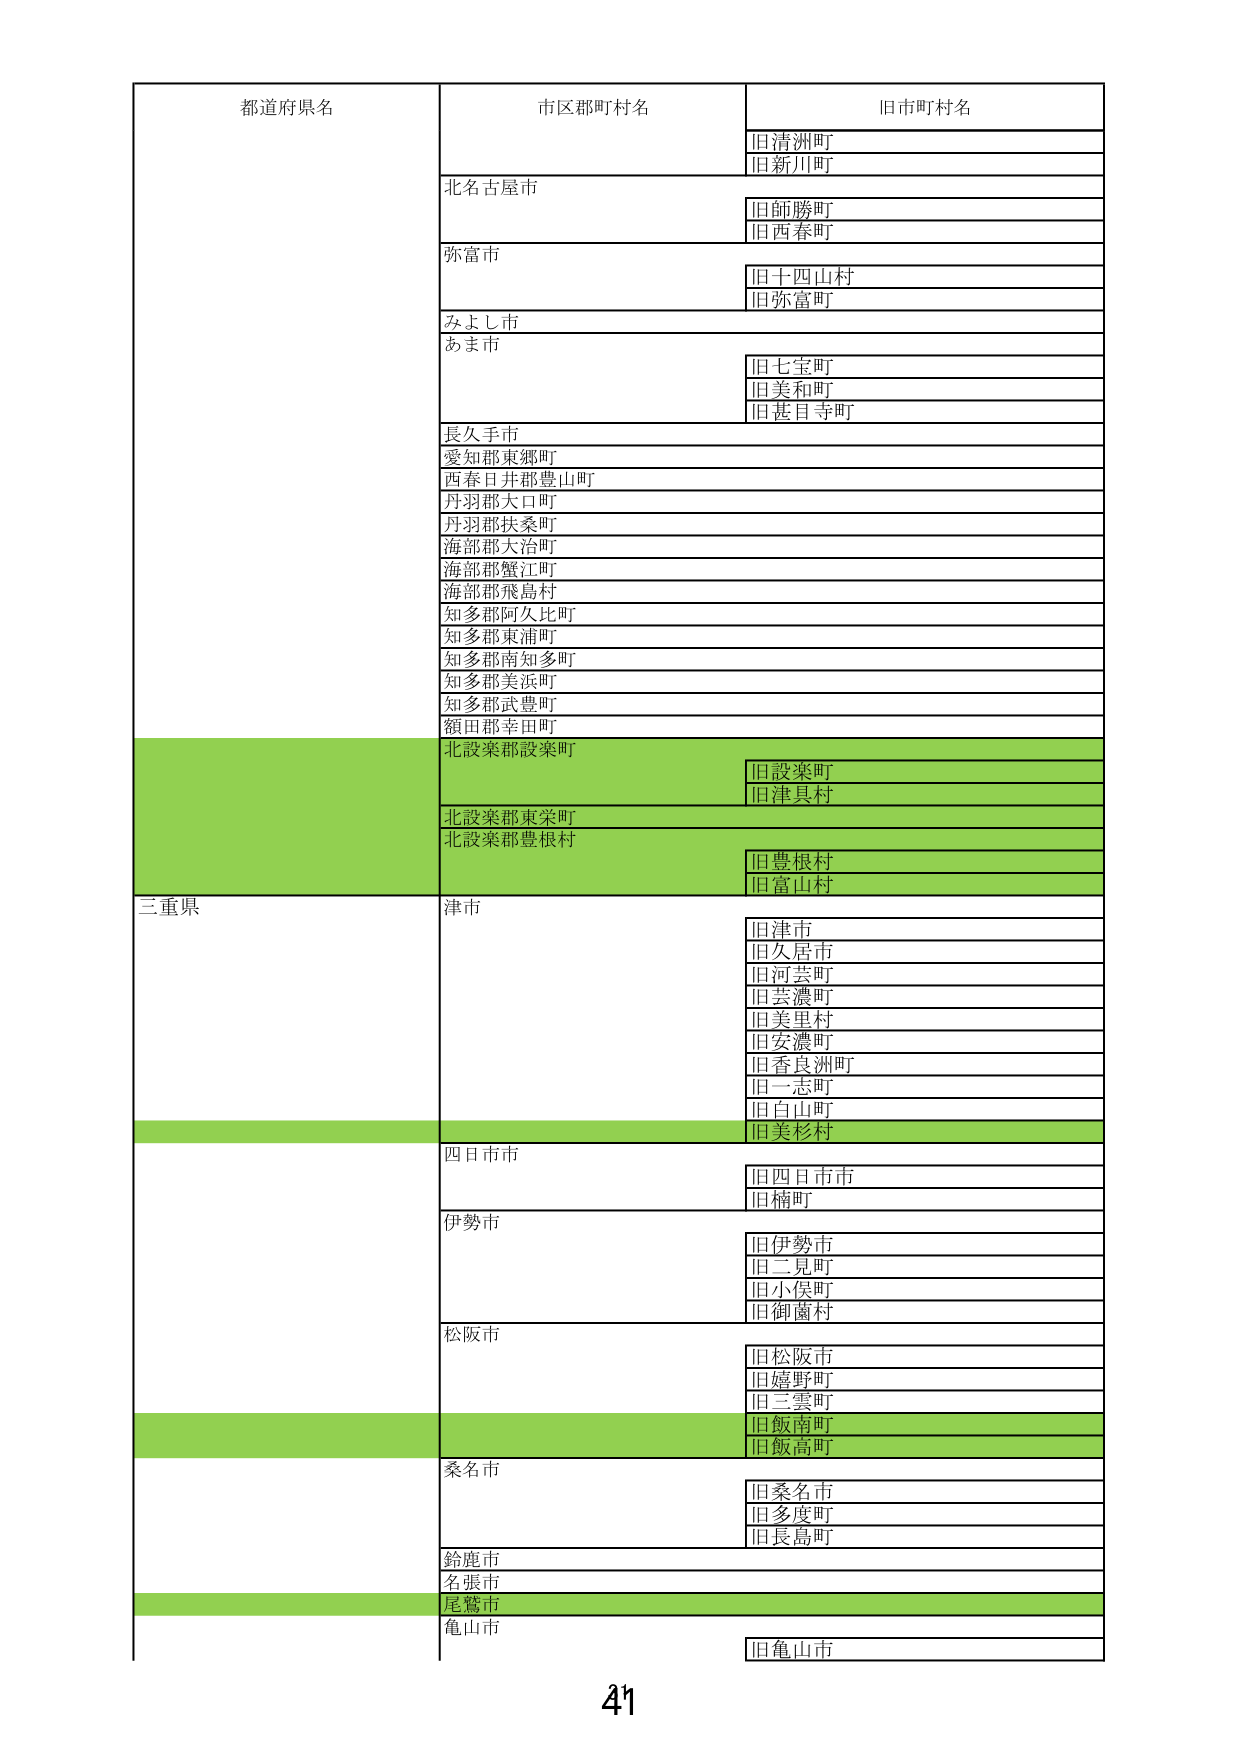
都道府県名
市区郡町村名
旧市町村名
旧清洲町
旧新川町
北名古屋市
旧師勝町
旧西春町
弥富市
旧十四山村
旧弥富町
みよし市
あま市
旧七宝町
旧美和町
旧甚目寺町
長久手市
愛知郡東郷町
西春日井郡豊山町
丹羽郡大口町
丹羽郡扶桑町
海部郡大治町
海部郡蟹江町
海部郡飛島村
知多郡阿久比町
知多郡東浦町
知多郡南知多町
知多郡美浜町
知多郡武豊町
額田郡幸田町
北設楽郡設楽町
旧設楽町
旧津具村
北設楽郡東栄町
北設楽郡豊根村
旧豊根村
旧富山村
三重県
津市
旧津市
旧久居市
旧河芸町
旧芸濃町
旧美里村
旧安濃町
旧香良洲町
旧一志町
旧白山町
旧美杉村
四日市市
旧四日市市
旧楠町
伊勢市
旧伊勢市
旧二見町
旧小俣町
旧御園村
松阪市
旧松阪市
旧嬉野町
旧三雲町
旧飯南町
旧飯高町
桑名市
旧桑名市
旧多度町
旧長島町
鈴鹿市
名張市
尾鷲市
亀山市
旧亀山市
41